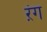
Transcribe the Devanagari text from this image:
ऱंग